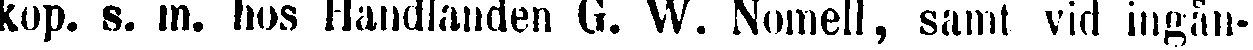
kop. s. in. hos Handlanden Q, W. Nomell, samt vid ingån-